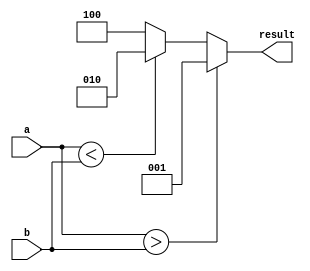
module signed_comparator (
    input signed [7:0] a,
    input signed [7:0] b,
    output reg [2:0] result
);

always @* begin
    if (a > b) begin
        result = 3'b001; // a is greater than b
    end else if (a < b) begin
        result = 3'b010; // a is less than b
    end else begin
        result = 3'b100; // a is equal to b
    end
end

endmodule